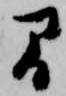
間